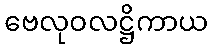
ဗေလုဝလဋ္ဌိကာယ